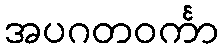
အပဂတဝင်္ကာ